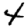
Digit: 4